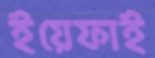
ইয়েফাই